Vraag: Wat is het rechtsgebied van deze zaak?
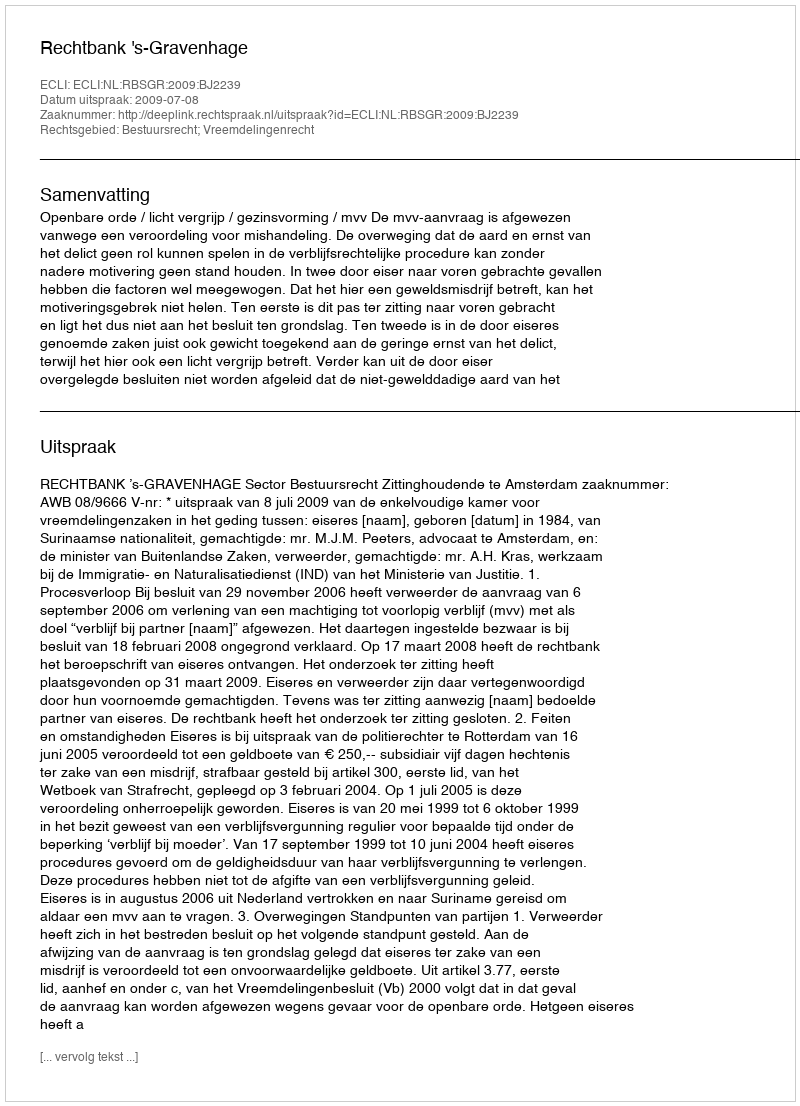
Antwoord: Bestuursrecht; Vreemdelingenrecht